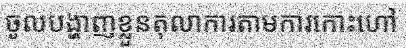
ចូលបង្ហាញខ្លួនតុលាការតាមការកោះហៅ